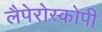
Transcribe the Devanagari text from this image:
लैपेरोस्कोपी